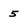
Character: 5